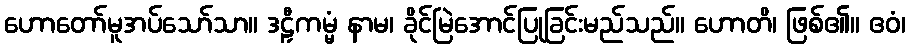
ဟောတော်မူအပ်သော်သာ။ ဒဠှီကမ္မံ နာမ၊ ခိုင်မြဲအောင်ပြုခြင်းမည်သည်။ ဟောတိ၊ ဖြစ်၏။ ဧဝံ၊